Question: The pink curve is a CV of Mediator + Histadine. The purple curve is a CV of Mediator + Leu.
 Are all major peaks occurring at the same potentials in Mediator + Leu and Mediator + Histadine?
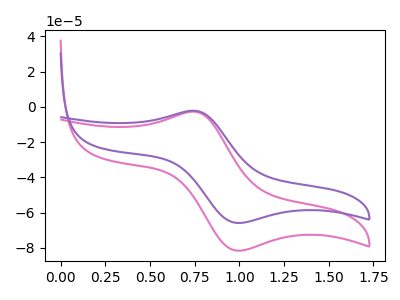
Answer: <think>The pink curve "Mediator + Histadine" has an anodic peak at (0.75V, -2.70uA) and a cathodic peak at (1.00V, -81.60uA). The purple curve "Mediator + Leu" has an anodic peak at (0.75V, -2.20uA) and a cathodic peak at (1.00V, -65.90uA).</think>
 <answer>Yes, "Mediator + Leu" have a peak in "Mediator + Histadine" at the same potential.</answer>
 <eval>match</eval>